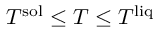
T ^ { \mathrm { s o l } } \le T \le T ^ { \mathrm { l i q } }